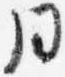
同